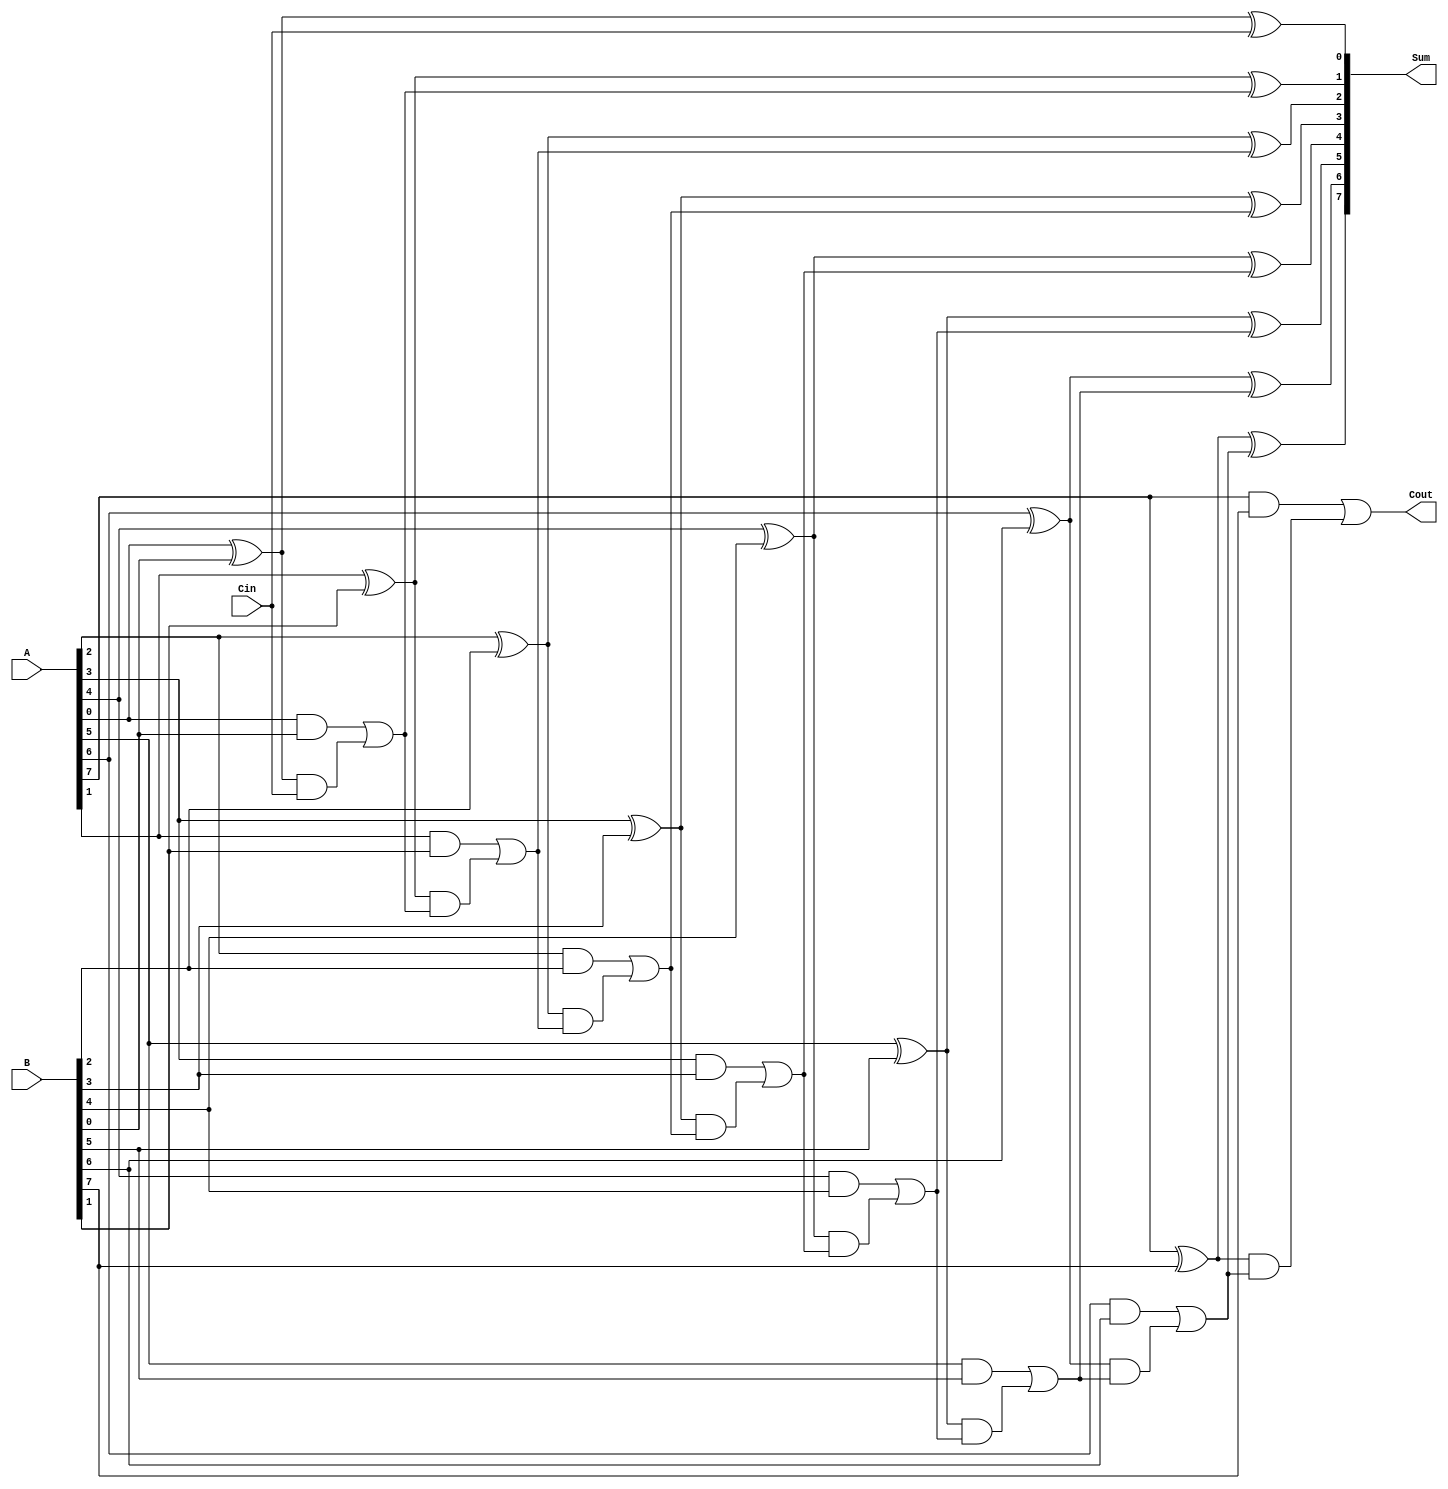
module ParallelFullAdder #(parameter N = 8) (
    input  wire [N-1:0] A,      // N-bit binary number A
    input  wire [N-1:0] B,      // N-bit binary number B
    input  wire Cin,             // Carry input
    output wire [N-1:0] Sum,     // N-bit sum output
    output wire Cout             // Carry output
);

    wire [N:0] carry; // Carry array, with one extra bit for the final carry out

    // Assign the initial carry
    assign carry[0] = Cin;

    // Generate the full adder for each bit
    genvar i;
    generate
        for (i = 0; i < N; i = i + 1) begin : full_adder
            // Sum calculation
            assign Sum[i] = A[i] ^ B[i] ^ carry[i];

            // Carry calculation
            assign carry[i + 1] = (A[i] & B[i]) | ((A[i] ^ B[i]) & carry[i]);
        end
    endgenerate

    // Final carry out
    assign Cout = carry[N];

endmodule